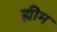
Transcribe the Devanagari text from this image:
ह्यीम